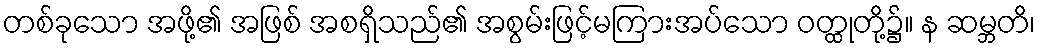
တစ်ခုသော အဖို့၏ အဖြစ် အစရှိသည်၏ အစွမ်းဖြင့်မကြားအပ်သော ဝတ္ထုတို့၌။ န ဆမ္ဘတိ၊